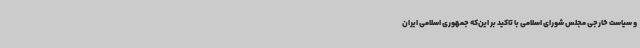
و سیاست خارجی مجلس شورای اسلامی با تاکید بر این‌که جمهوری اسلامی ایران